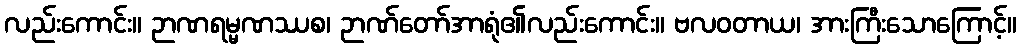
လည်းကောင်း။ ဉာဏရမ္မဏဿစ၊ ဉာဏ်တော်အာရုံ၏လည်းကောင်း။ ဗလဝတာယ၊ အားကြီးသောကြောင့်။